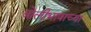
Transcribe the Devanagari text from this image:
बोलीभाषांच्या